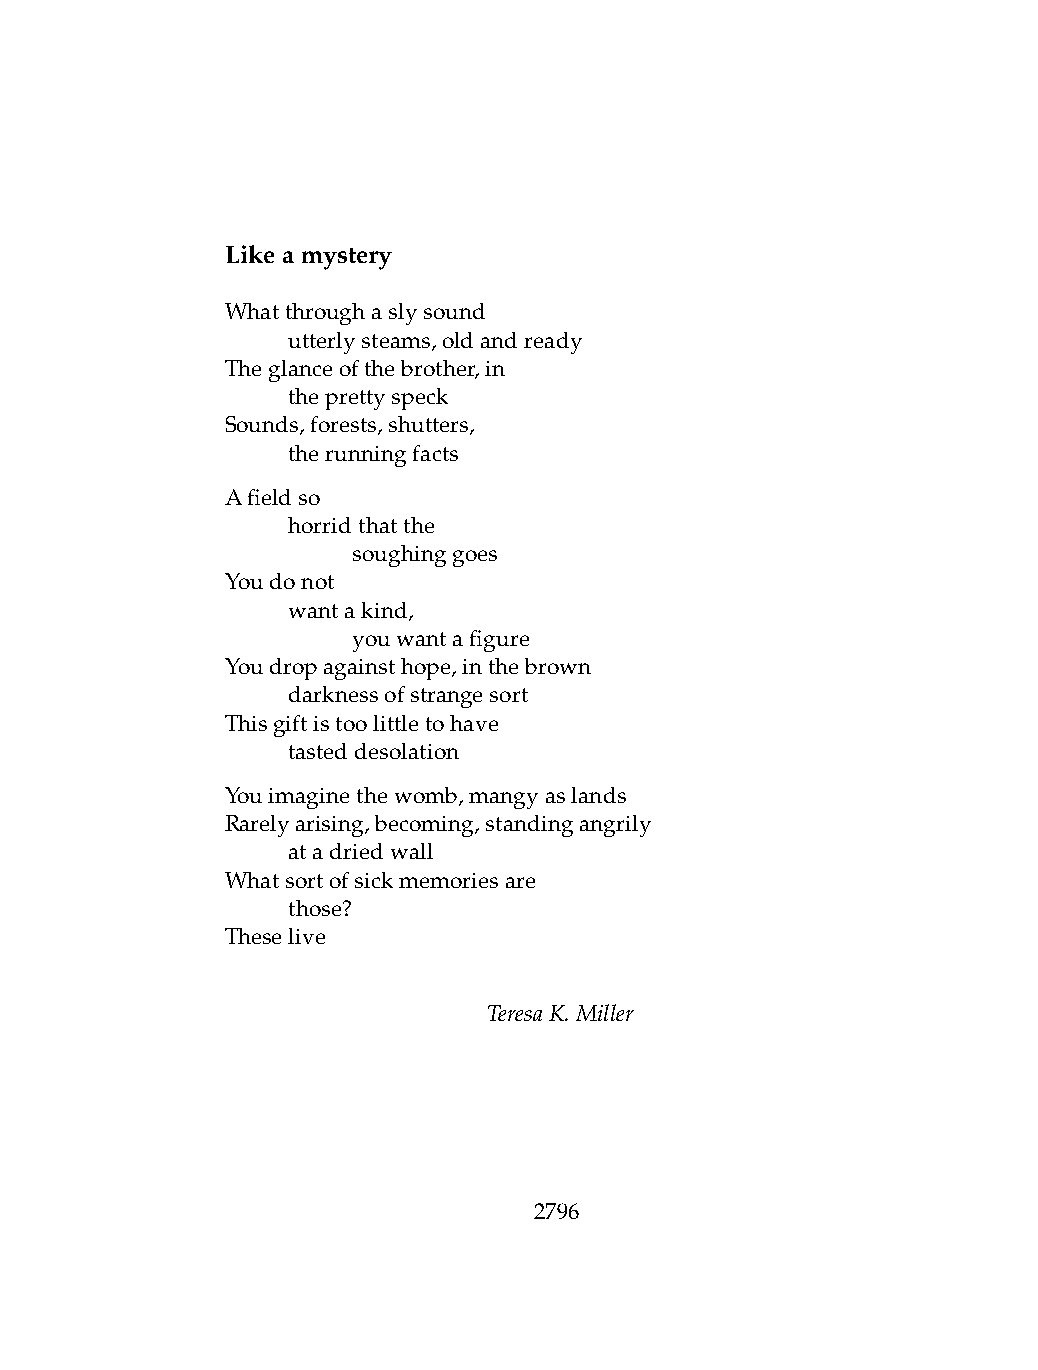
Likeamystery
 Whatthroughaslysound
 .   utterlysteams,oldandready
 Theglanceofthebrother,in
 .   theprettyspeck
 Sounds,forests,shutters,
 .   therunningfacts
 Afieldso
 .   horridthatthe
 .   .   soughinggoes
 Youdonot
 .   wantakind,
 .   .   youwantafigure
 Youdropagainsthope,inthebrown
 .   darknessofstrangesort
 Thisgiftistoolittletohave
 .   tasteddesolation
 Youimaginethewomb,mangyaslands
 Rarelyarising,becoming,standingangrily
 .   atadriedwall
 Whatsortofsickmemoriesare
 .   those?
 Theselive
 TeresaK.Miller
 2796